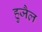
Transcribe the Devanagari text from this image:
हुजैल